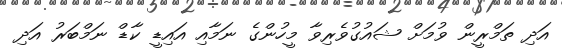
އަދި ތަމްރީން ވުމަށް ޝައުގުވެރިވާ މީހުންގެ ނަމާއި އައިޑީ ކާޑް ނަމްބަރު އަދި